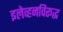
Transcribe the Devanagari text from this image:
इलेव्हनविरूद्ध